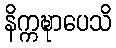
နိက္ကဍ္ဎာပေသိ